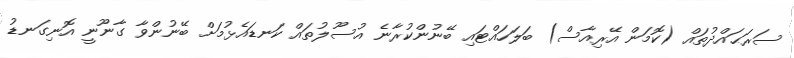
ސަރަޙައްދުތައް (ކޮމަން އޭރިއާސް) ބަލަހައްޓައި ބޭނުންކުރާނެ އުސޫލުތައް ކަނޑައެޅުމަށް ބޭނުންވާ ގާނޫނީ އޮނިގަނޑު